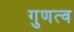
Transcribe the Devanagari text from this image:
गुणत्व